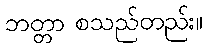
ဘတ္တာ စသည်တည်း။